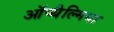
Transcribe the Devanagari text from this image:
ऑप्‍थैल्मिया